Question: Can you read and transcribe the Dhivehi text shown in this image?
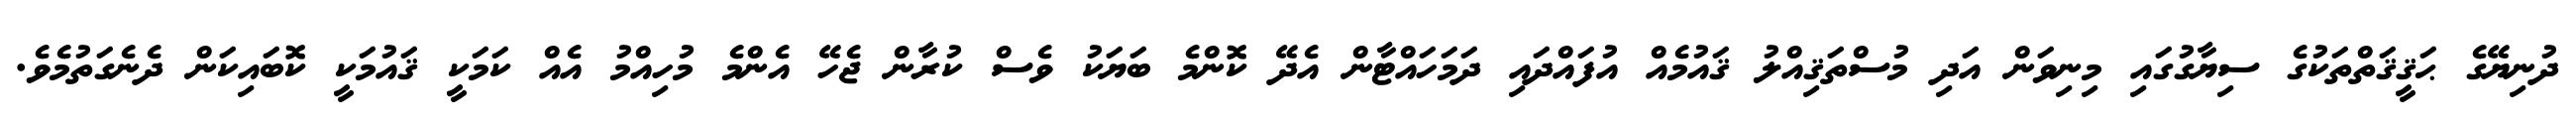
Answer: ދުނިޔޭގެ ޙަޤީޤަތްތަކުގެ ސިޔާގުގައި މިނިވަން އަދި މުސްތަޤިއްލު ޤައުމެއް އުފައްދައި ދަމަހައްޓާން އެދޭ ކޮންމެ ބަޔަކު ވެސް ކުރާން ޖެހޭ އެންމެ މުހިއްމު އެއް ކަމަކީ ޤައުމަކީ ކޮބައިކަން ދެނެގަތުމެވެ.